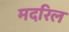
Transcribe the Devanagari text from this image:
मदरिल